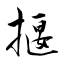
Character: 揠